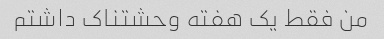
من فقط یک هفته وحشتناک داشتم